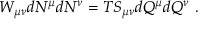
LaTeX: W _ { \mu \nu } d N ^ { \mu } d N ^ { \nu } = T S _ { \mu \nu } d Q ^ { \mu } d Q ^ { \nu } \ .